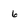
Character: 6